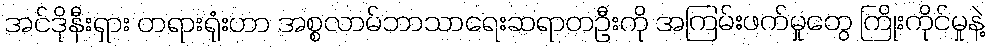
အင်ဒိုနီးရှား တရားရုံးဟာ အစ္စလာမ်ဘာသာရေးဆရာတဦးကို အကြမ်းဖက်မှုတွေ ကြိုးကိုင်မှုနဲ့